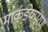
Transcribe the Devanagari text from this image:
मार्कडेयपुरण